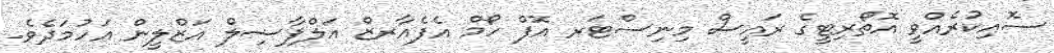
ސޮއިކުރެއްވީ އޮތޯރިޓީގެ ރައީސް މިނިސްޓަރ އޮފް ހޯމް އެފެއާރޒް އަލްފާޟިލް އަޒްލީން އަހުމަދެވެ.